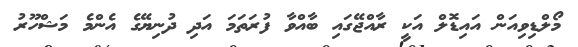
މޯލްޑިވިއަން އައިޑޮލް އަކީ ރާއްޖޭގައި ބާއްވާ ފުރަތަމަ އަދި ދުނިޔޭގެ އެންމެ މަޝްހޫރު